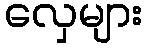
လှေများ